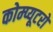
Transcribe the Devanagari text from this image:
कोम्प्यूटरो